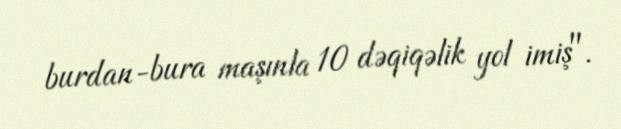
burdan-bura maşınla 10 dəqiqəlik yol imiş".